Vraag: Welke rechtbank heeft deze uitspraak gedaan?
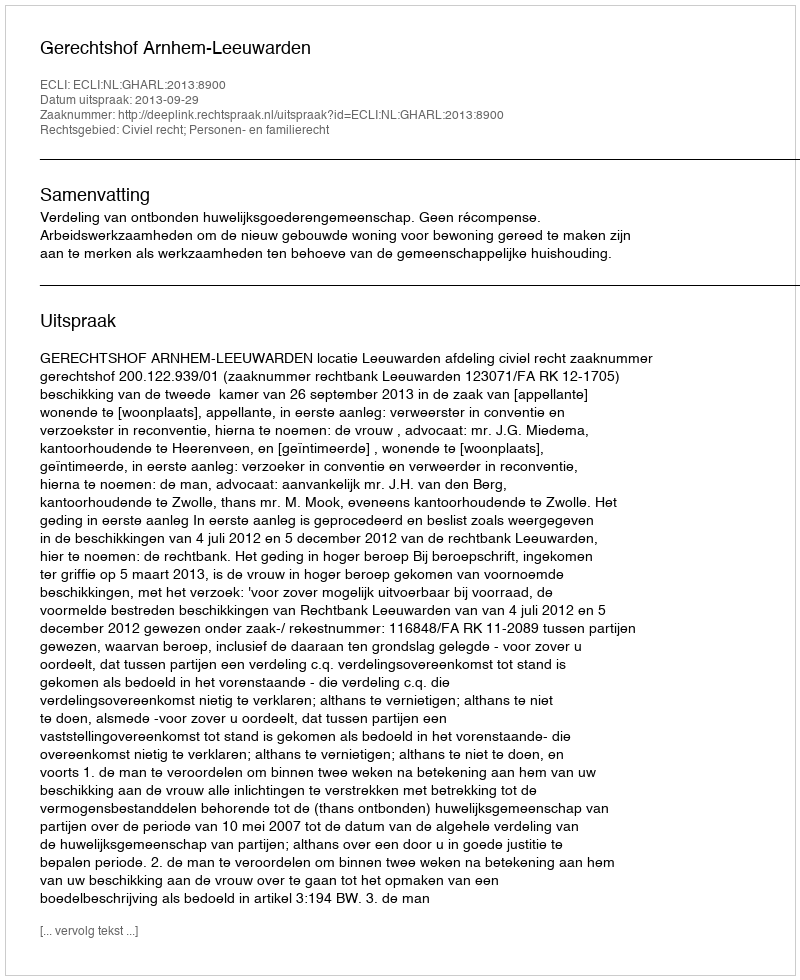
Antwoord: Gerechtshof Arnhem-Leeuwarden